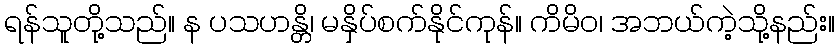
ရန်သူတို့သည်။ န ပသဟန္တိ၊ မနှိပ်စက်နိုင်ကုန်။ ကိမိဝ၊ အဘယ်ကဲ့သို့နည်း။